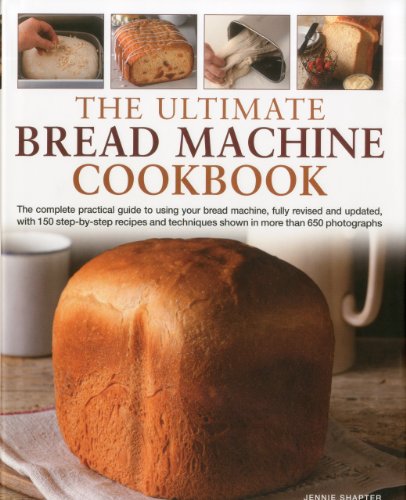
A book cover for The Ultimate Bread Machine Cookbook; Jennie Shapter; Cookbooks, Food & Wine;